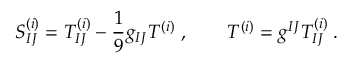
S _ { I J } ^ { ( i ) } = T _ { I J } ^ { ( i ) } - \frac { 1 } { 9 } g _ { I J } T ^ { ( i ) } \; , \qquad T ^ { ( i ) } = g ^ { I J } T _ { I J } ^ { ( i ) } \; .